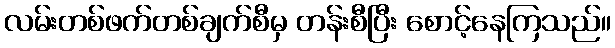
လမ်းတစ်ဖက်တစ်ချက်စီမှ တန်းစီပြီး စောင့်နေကြသည်။